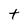
Character: t